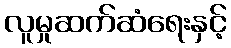
လူမှုဆက်ဆံရေးနှင့်